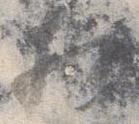
相